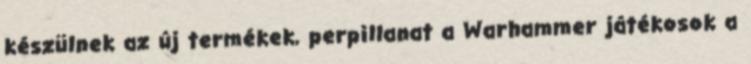
készülnek az új termékek, perpillanat a Warhammer játékosok a